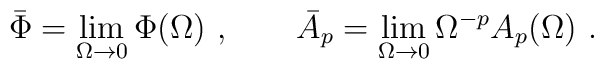
\bar \Phi = \lim_{\Omega \to 0} \Phi (\Omega)~, \qquad  \bar A_p = \lim_{\Omega \to 0} \Omega^{-p} A_p (\Omega)~.